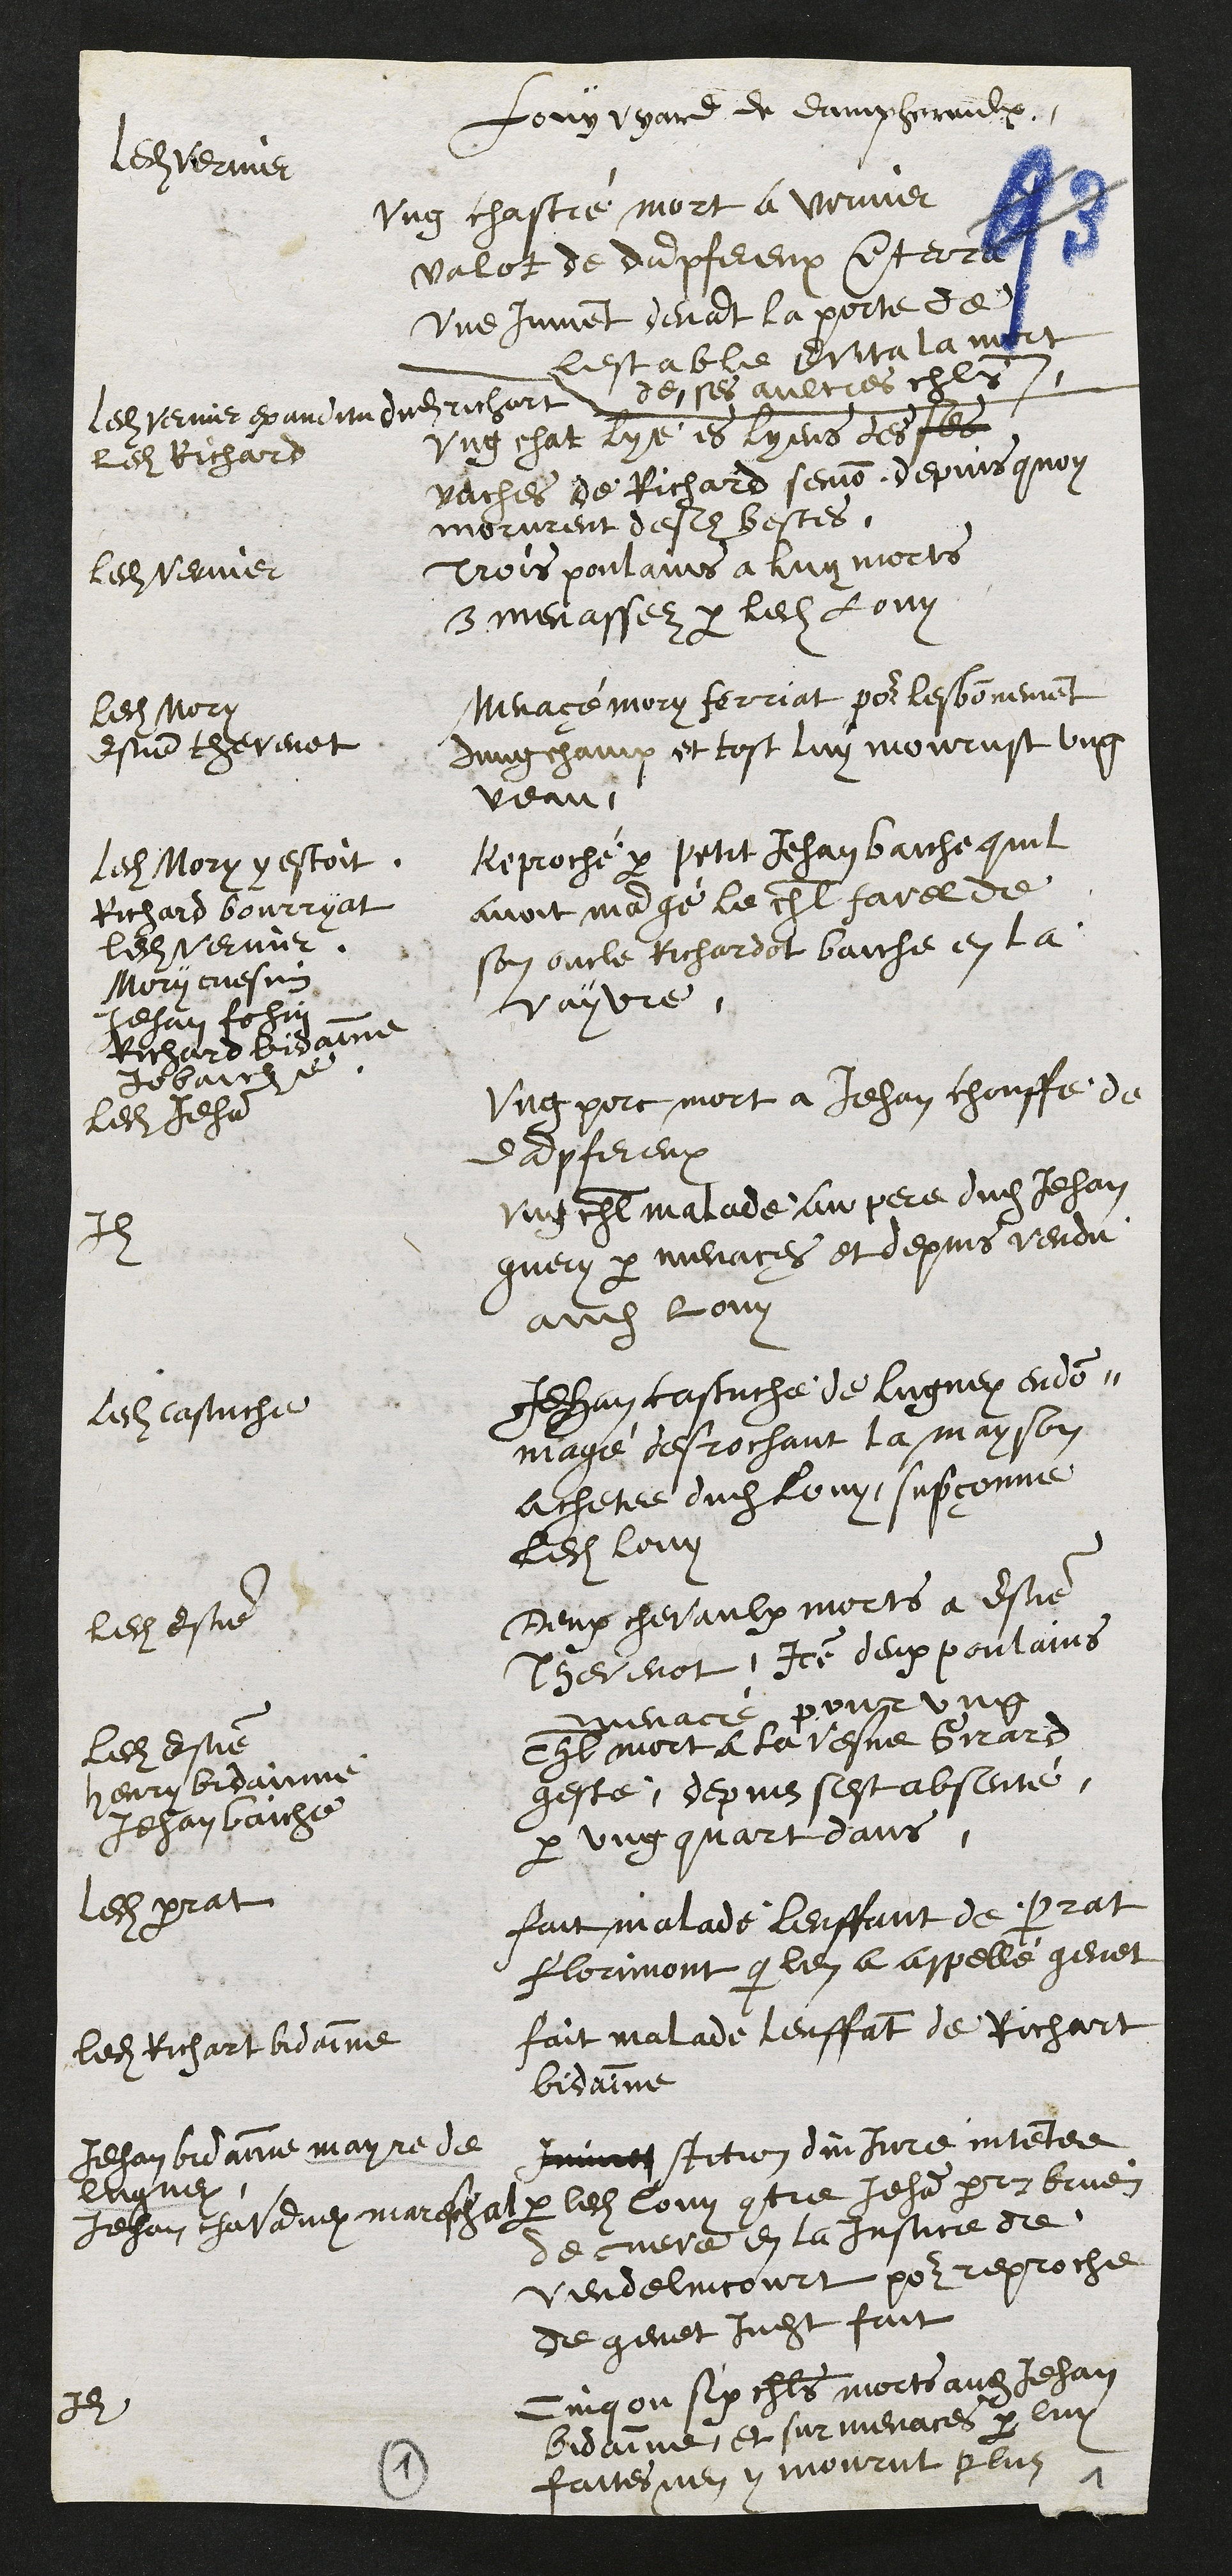
Louy vyard de Damphereulx
Ledit Vernier
Ung chastré mort a Vernier
valot de dampfereux enterré
une jument devant la porte de
lestable evita la mort
de ses aultres chevals
Ledit Vernier ex auditu dudit richart
ledit Richard
Ung chat lyé es lyens des ses
vaches de Richard semon, depuis quoy
morurent desdites bestes.
Ledit Vernier
Trois poulains a luy morts
3 menasséz par ledit Louy
Ledit Mory
Estienne thevenot
Menaçé Mory ferriat pour lesbornement
dung champ et tost luy mourust ung
veau
Reproché par petit Jehan Baiche quil
avoit mangé le cheval favel de
son oncle Richardot baiche en la
vayvre.
Ledit Mory y estoit
Richard bourryat
ledit Vernier.
Mory cuesin
Jehan fohin
Richard Bidainne
Jo baiche
Ledit Jehan
Ung porc mort a Jehan chouffe de
dampfereux
Idem
ung cheval malade au pere dudit Jehan
guery par menaces et depuis vendu
audit louy
Ledit Castuche
Jehan Castuche de lungney endom¬
magé desrochant la mayson
achetee dudit Louy, supçonne
ledit louy
Ledit Estienne
Ledit Estienne
Henry Bidainne
Jehan vaiche
Deux chevaulx morts a Estienne
Thevenot, Item deux poulains
menacé, pour ung
cheval mort a la vesve Girard
geste, depuis sest absenté,
par ung quart dans.
Ledit perrat
Fait malade lenffant de Perrat
Florimont que len a appellé genet
ledit Richart Bidainne
Fait malade lenffant de Richart
Bidainne
Jehan Bidaine mayre de
lugney
Jehan chavanney mareschal
stition dinjure intentee
par ledit louy contre Jehan perrin bruen
de cueve en la Justice de
Vendelincourt pour reproche
de genet jugement fait
Idem
cinq ou six chevals morts audit Jehan
Bidainne et sur menaces par luy
faites nen y mourut plus
1
1